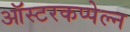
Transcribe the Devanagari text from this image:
ऑस्टरकप्पेल्न